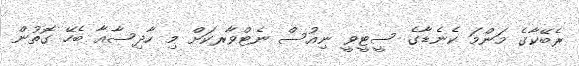
ރެބޭކާގެ މަންމަ ކެނެޑާގެ ސީޓީވީ ނިއުސް ނެޓްވާރކަށް މި ހާދިސާއާ ބެހޭ ގޮތުން